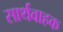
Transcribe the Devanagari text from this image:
सार्थवाहक